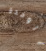
الوحدة